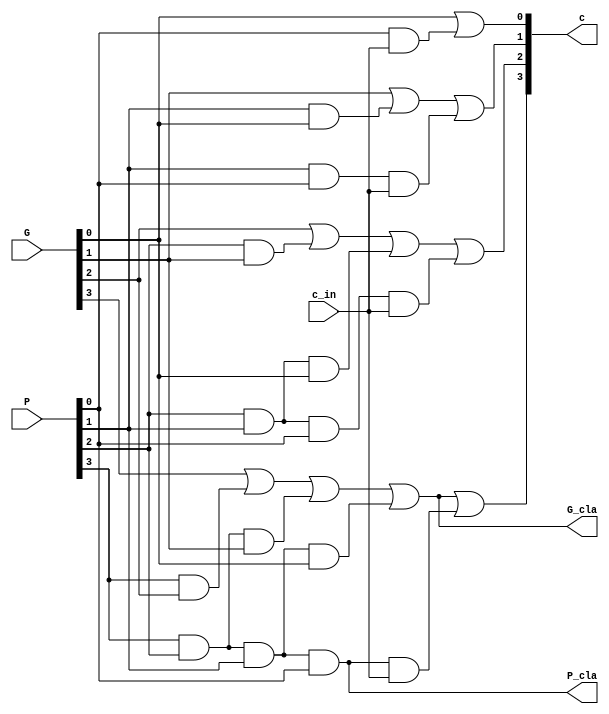
`timescale 1ns / 1ps
//////////////////////////////////////////////////////////////////////////////////
// Group 16 - Computer Organisation and Architecture
// Roopak Priydarshi (20CS30042)
// Saras Umakant Pantulwar (20CS30046)
// Look Ahead Carry unit (for usage in 16-bit adders)
//////////////////////////////////////////////////////////////////////////////////

module LookAheadCarryUnit(
    input c_in,
    input [3:0] P,
    input [3:0] G,
    output [4:1] c,
    output P_cla,
    output G_cla
    );

/*
	Logic:
	
	Take c_in to be c[0] then
	c[i] = G[i-1] | (P[i-1] & c[i-1]), 1 <= i <= 4
	
	Recursively expanding we get
	c[1] = G[0] | (P[0] & c[0]) = G[0] | (P[0] & c_in)
	c[2] = G[1] | (P[1] & c[1]) = G[1] | (P[1] & G[0]) | (P[1] & P[0] & c_in)
	c[3] = G[2] | (P[2] & c[2]) = G[2] | (P[2] & G[1]) | (P[2] & P[1] & G[0]) | (P[2] & P[1] & P[0] & c_in)
	c[4] = G[3] | (P[3] & c[3]) = G[3] | (P[3] & G[2]) | (P[3] & P[2] & G[1]) | (P[3] & P[2] & P[1] & G[0]) | (P[3] & P[2] & P[1] & P[0] & c_in)
	
	Also block propogate P_cla and generate G_cla are calculated as
	P_cla = P[3] & P[2] & P[1] & P[0]
	G_cla = G[3] | (P[3] & G[2]) | (P[3] & P[2] & G[1]) | (P[3] & P[2] & P[1] & G[0])
*/
	
	// calculate the lookahead carries using block propagate and generate from previous level
	
    wire [9:0]f;
    and and0(f[0], P[0], c_in);
    and and1(f[1], P[1], G[0]);
    and and2(f[2], P[1], P[0], c_in);
    and and3(f[3], P[2], G[1]);
    and and4(f[4], P[2], P[1], G[0]);
    and and5(f[5], P[2], P[1], P[0], c_in);
    and and6(f[6], P[3], G[2]);
    and and7(f[7], P[3], P[2], G[1]);
    and and8(f[8], P[3], P[2], P[1], G[0]);
    and and9(f[9], P[3], P[2], P[1], P[0], c_in);

    or  or0(c[1], G[0], f[0]);
    or  or1(c[2], G[1], f[1], f[2]);
    or  or2(c[3], G[2], f[3], f[4], f[5]);
    or  or3(c[4], G[3], f[6], f[7], f[8], f[9]);


	// calculate the block propagate and generate for the next level
    and pro(P_cla, P[3], P[2], P[1], P[0]);
    or  gen(G_cla, G[3], f[6], f[7], f[8]);
endmodule